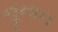
નૂનાન